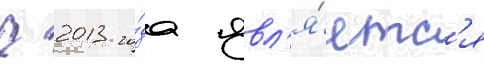
С 2013 го́да явл'я́етс'я